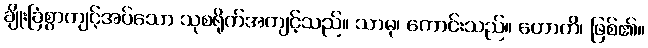
ချိုးခြံစွာကျင့်အပ်သော သုစရိုက်အကျင့်သည်။ သာဓု၊ ကောင်းသည်။ ဟောတိ၊ ဖြစ်၏။